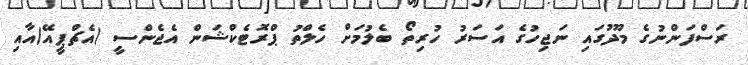
ރަސްފަންނުގެ މޫދުގައި ނަޖިހުގެ އަސަރު ހުރިތޯ ބެލުމަށް ހެލްތު ޕްރޮޓެކްޝަން އެޖެންސީ (އެޗްޕީއޭ)އާއި